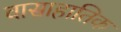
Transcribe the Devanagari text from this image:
वासाहातिक